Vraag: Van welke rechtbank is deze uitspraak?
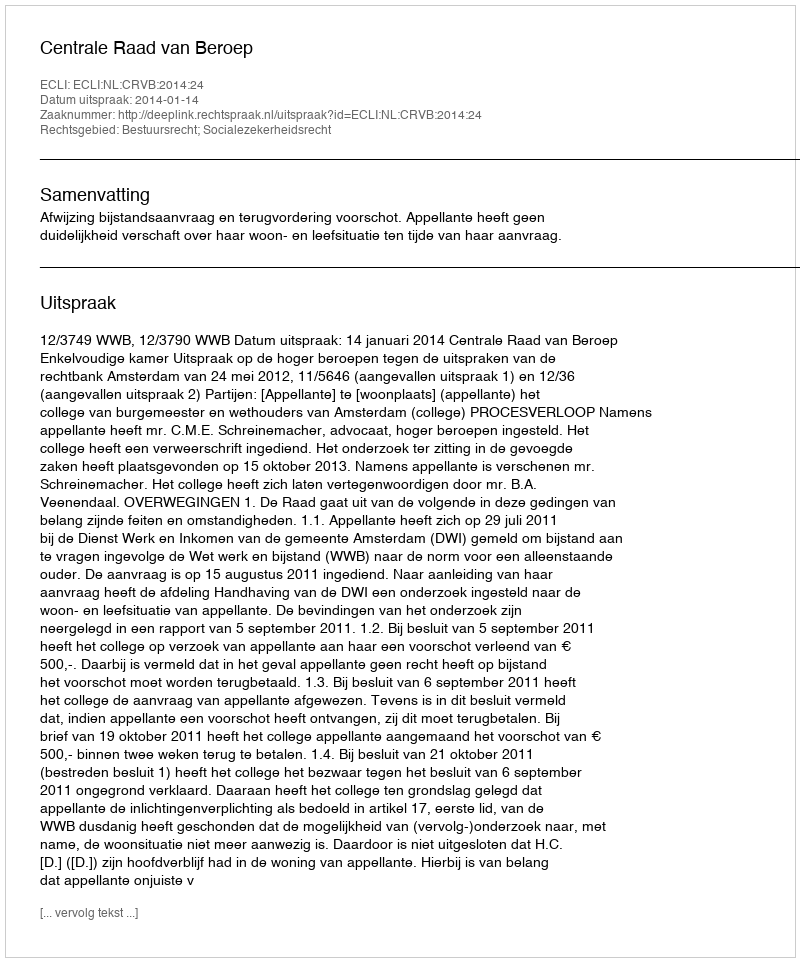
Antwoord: Centrale Raad van Beroep